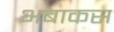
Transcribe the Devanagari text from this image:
अबाकस